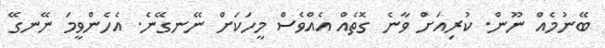
ބޭނުމެއް ނޫން. ކުރިއަށް ވާނެ ގޮތެއް އެއްވެސް މީހަކަށް ނޭނގޭނެ. އެހެންވީމަ ނޭނގޭ